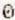
0